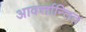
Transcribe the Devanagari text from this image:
आवर्त्तान्तित